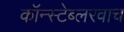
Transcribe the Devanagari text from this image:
कॉन्स्टेब्लरवाच